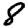
Digit: 8